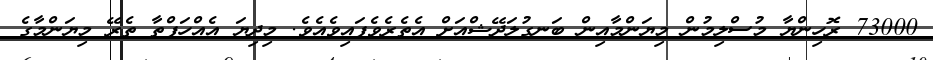
73000 ރޮހިންޔާ މުސްލިމުން މިޔަންމާއިން ބަނގުލަދޭޝްއަށް އެތެރެވެފައިވެއެވެ. މިދިޔަ އެއްހަފްތާ ތެރޭ މިޔަންމާގެ